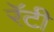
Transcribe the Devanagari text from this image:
रॅटी